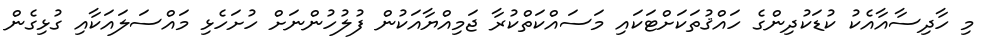
މި ހާދިސާއާއެކު ކުޑަކުދިންގެ ހައްޤުތަކަށްޓަކައި މަސައްކަތްކުރާ ޖަމިއްޔާއަކުން ފުލުހުންނަށް ހުށަހެޅި މައްސަލައަކާއި ގުޅިގެން